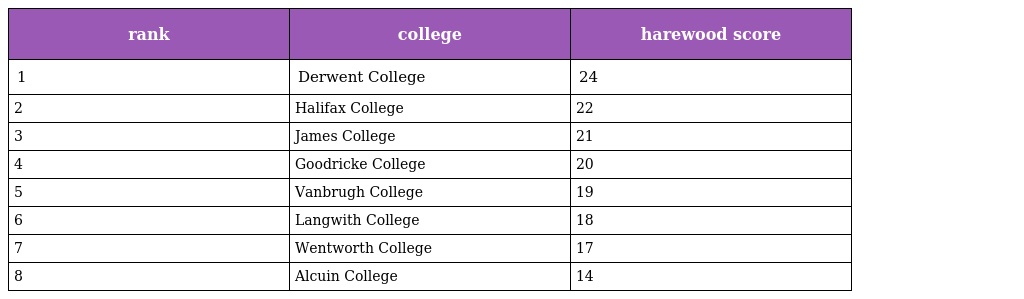
| rank | college | harewood score |
 | --- | --- | --- |
 | 1 | Derwent College | 24 |
 | 2 | Halifax College | 22 |
 | 3 | James College | 21 |
 | 4 | Goodricke College | 20 |
 | 5 | Vanbrugh College | 19 |
 | 6 | Langwith College | 18 |
 | 7 | Wentworth College | 17 |
 | 8 | Alcuin College | 14 |